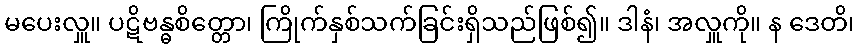
မပေးလှူ။ ပဋိဗန္ဓစိတ္တော၊ ကြိုက်နှစ်သက်ခြင်းရှိသည်ဖြစ်၍။ ဒါနံ၊ အလှူကို။ န ဒေတိ၊